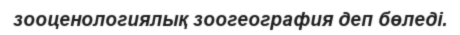
зооценологиялық зоогеография деп бөледі.